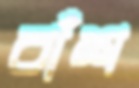
বাঁশ